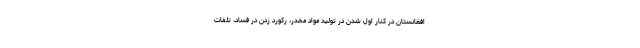
افغانستان در کنار اول شدن در تولید مواد مخدر، رکورد زدن در فساد، تلفات